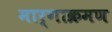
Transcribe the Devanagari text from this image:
मार्गाक्रमण